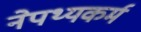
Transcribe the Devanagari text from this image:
नेपथ्यकर्म